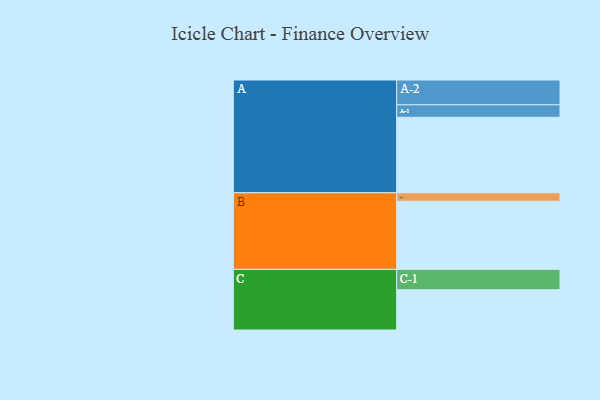
{"axis": {"x": "Segment", "y": "Value"}, "legend": ["", "A", "B", "C"], "data": [{"x": "A", "y": 569, "type": ""}, {"x": "B", "y": 513, "type": ""}, {"x": "C", "y": 303, "type": ""}, {"x": "A-1", "y": 94, "type": "A"}, {"x": "A-2", "y": 187, "type": "A"}, {"x": "B-1", "y": 64, "type": "B"}, {"x": "C-1", "y": 154, "type": "C"}]}